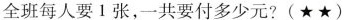
全班每人要1张，一共要付多少元?(★★)